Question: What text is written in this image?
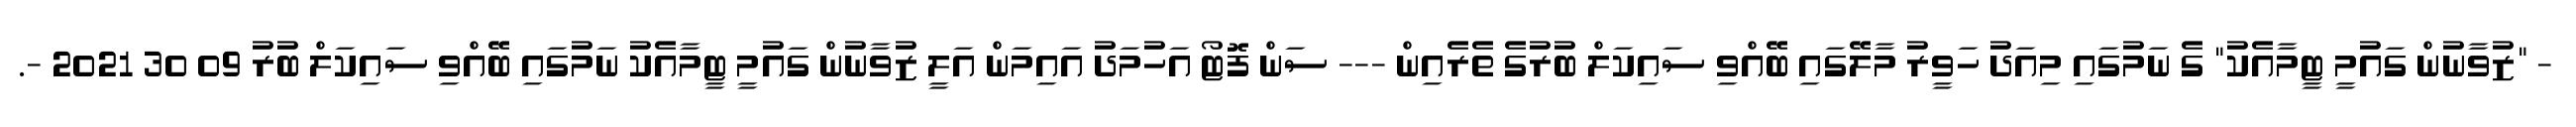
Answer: - "ޒުވާނުން ގައުމީ ޓީމާއެކު" ގެ ނަމުގައި މިއަދު ހަވީރު މާލޭގައި ބޭއްވި ސައިކަލް ބުރުގެ ތެރެއިން --- ސަން ފޮޓޯ އަހުމަދު އައިމަން އަލީ ޒުވާނުން ގައުމީ ޓީމާއެކު ނަމުގައި ބޭއްވި ސައިކަލް ބުރު 09 30 2021 -.